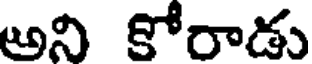
అని కోరాడు